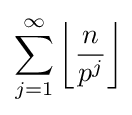
\sum _{j=1}^{\infty }\left\lfloor {\frac {n}{p^{j}}}\right\rfloor \!